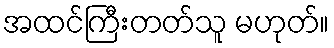
အထင်ကြီးတတ်သူ မဟုတ်။